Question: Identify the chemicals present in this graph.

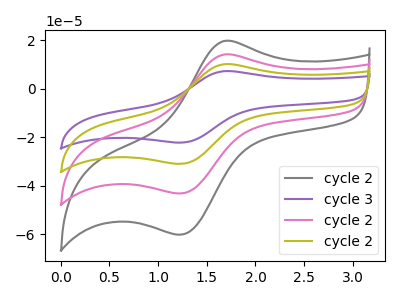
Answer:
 <answer>The gray curve is labeled "cycle 2". The purple curve is labeled "cycle 3". The pink curve is labeled "cycle 2". The olive curve is labeled "cycle 2".</answer>
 <eval></eval>